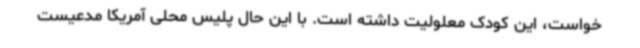
خواست، این کودک معلولیت داشته است. با این حال پلیس محلی آمریکا مدعیست